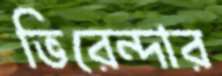
ভিরেন্দার